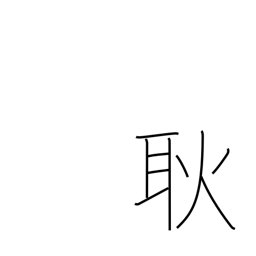
Meaning: light